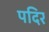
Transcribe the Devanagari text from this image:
पदिर